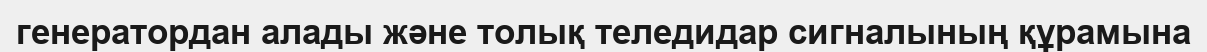
генератордан алады және толық теледидар сигналының құрамына